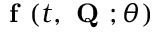
{ \textbf { f } } ( t , \textbf { Q } ; \theta )